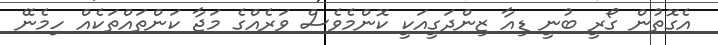
އެގޮތުން ގޯރީ ބުނީ ޑިއާ ޒިންދަގީއަކީ ކޮންމެވެސް ވަރެއްގެ މަޖާ ކަންތައްތަކެއް ހިމެނޭ